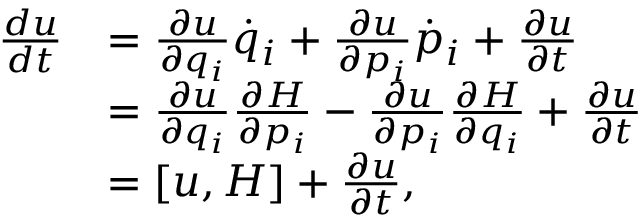
{ \begin{array} { r l } { { \frac { d u } { d t } } } & { = { \frac { \partial u } { \partial q _ { i } } } { \dot { q } } _ { i } + { \frac { \partial u } { \partial p _ { i } } } { \dot { p } } _ { i } + { \frac { \partial u } { \partial t } } } \\ & { = { \frac { \partial u } { \partial q _ { i } } } { \frac { \partial H } { \partial p _ { i } } } - { \frac { \partial u } { \partial p _ { i } } } { \frac { \partial H } { \partial q _ { i } } } + { \frac { \partial u } { \partial t } } } \\ & { = [ u , H ] + { \frac { \partial u } { \partial t } } , } \end{array} }